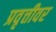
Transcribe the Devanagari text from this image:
प्रवृत्तीवर